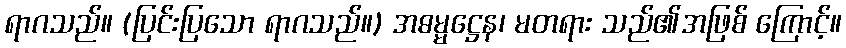
ရာဂသည်။ (ပြင်းပြသော ရာဂသည်။) အဓမ္မဋ္ဌေန၊ မတရား သည်၏အဖြစ် ကြောင့်။